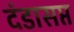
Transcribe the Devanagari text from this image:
दंडासप्त